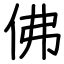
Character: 佛